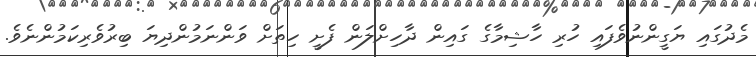
މެދުގައި ޔަގީންނުވެފައި ހުރި ހާޝިމާގެ ގައިން ދާހިށްލަން ފެށީ ހިތަށް ވަންނަމުންދިޔަ ބިރުވެެރިކަމުންނެވެ.